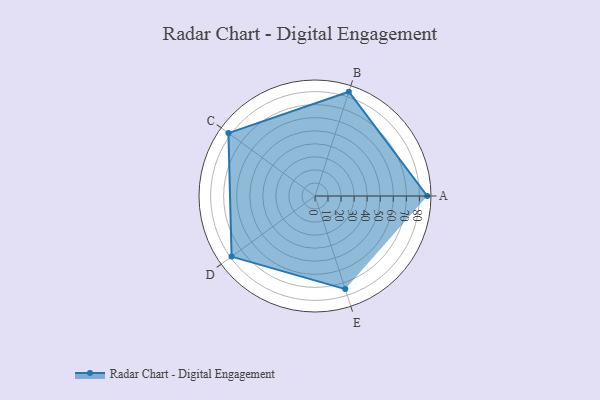
{"axis": {"x": "Skill", "y": "Score"}, "legend": ["Profile"], "data": [{"x": "A", "y": 86.0, "type": "Profile"}, {"x": "B", "y": 84.0, "type": "Profile"}, {"x": "C", "y": 82.0, "type": "Profile"}, {"x": "D", "y": 79.0, "type": "Profile"}, {"x": "E", "y": 75.0, "type": "Profile"}]}